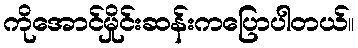
ကိုအောင်မှိုင်းဆန်းကပြောပါတယ်။